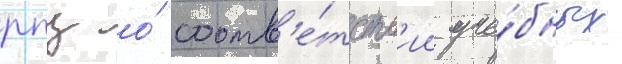
рпц о́ соотв'е́тств'ии уче́бных